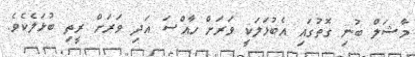
މާޝަލް ބުނި ގޮތުގައި އެބުޅަލަކީ ވަރަށް ހާއްސަ އަދި ވަރަށް ރީތި ބުޅަލެކެވެ.